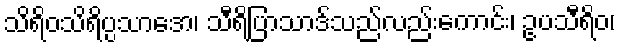
သိရိဝသိရိပ္ပသာဒော၊ သီရိပြာသာဒ်သည်လည်းကောင်း၊ ဥပသီရိဝ၊